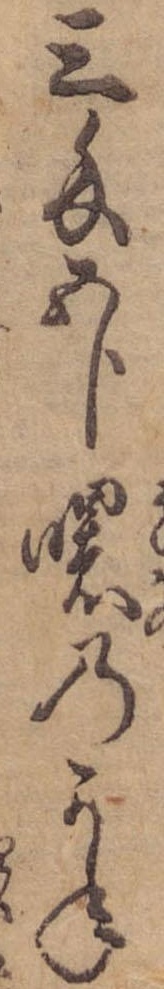
三匁五分曙のかね